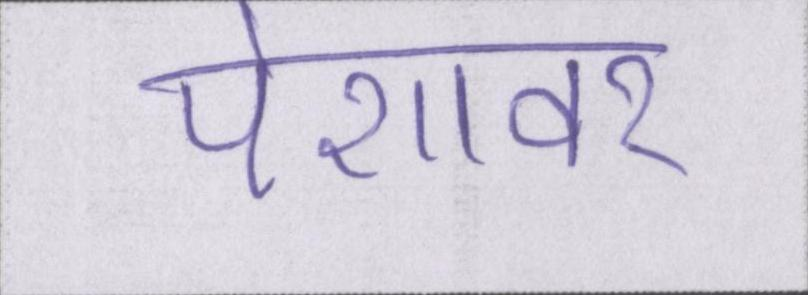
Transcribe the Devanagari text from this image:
पेशावर